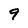
Character: 9